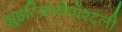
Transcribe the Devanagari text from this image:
ह्युइत्ज़िलोपोश्ट्ली